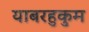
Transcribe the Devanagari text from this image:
याबरहुकुम